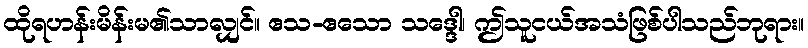
ထိုရဟန်းမိန်းမ၏သာလျှင်။ ဧသ-ဧသော သဒ္ဒေါ၊ ဤသူငယ်အသံဖြစ်ပါသည်ဘုရား။